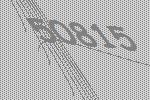
50815